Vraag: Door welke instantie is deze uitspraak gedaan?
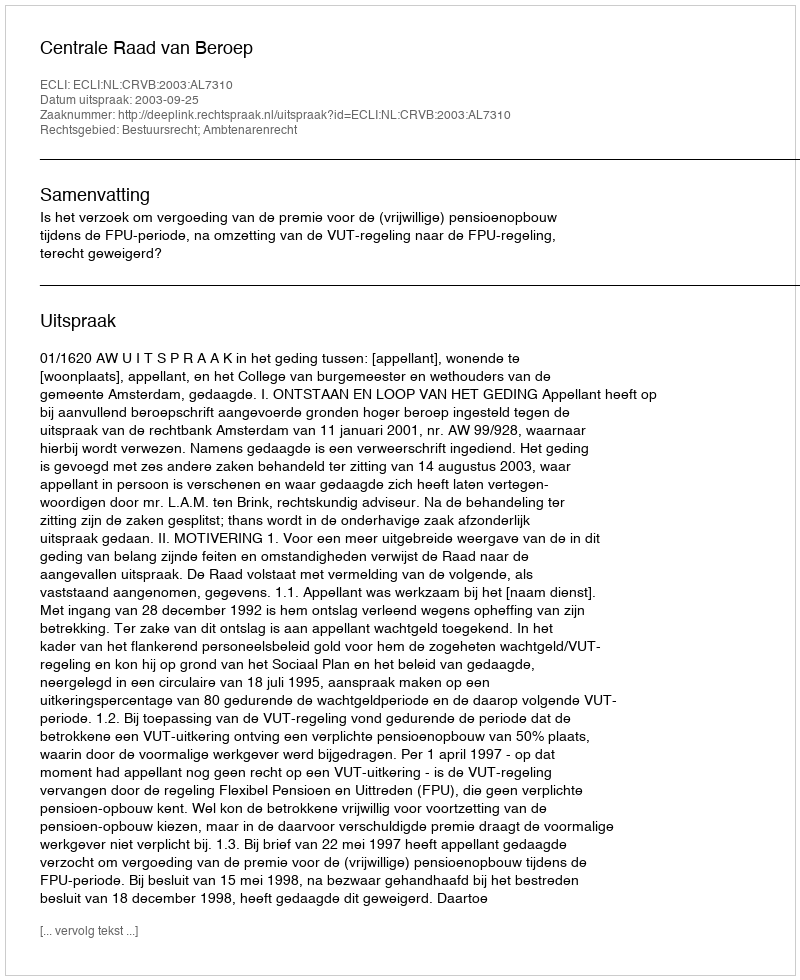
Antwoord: Centrale Raad van Beroep